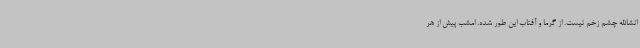
انشاالله چشم زخم نیست. از گرما و آفتاب این طور شده. امشب پیش از هر